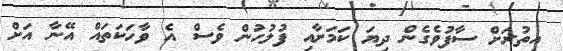
އިތުރަށް ސާފުވެގެން ދިޔަ ކަމަށާއި ފުލުހުން ވެސް އެ ވާހަކަތައް އޭނާ އަށް